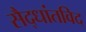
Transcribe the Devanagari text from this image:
सैद्धांतविद